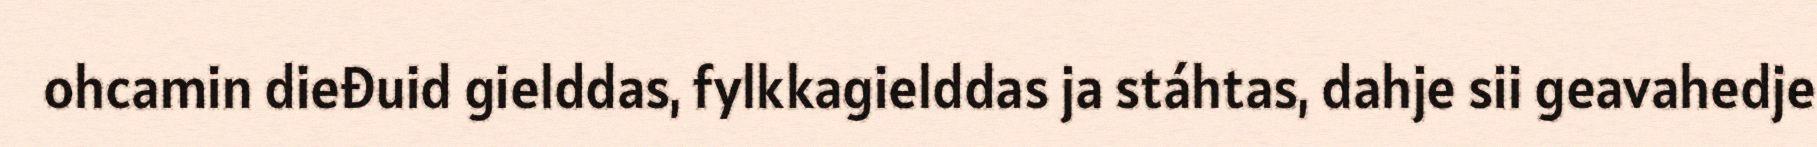
ohcamin dieđuid gielddas, fylkkagielddas ja stáhtas, dahje sii geavahedje